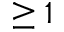
\geq 1